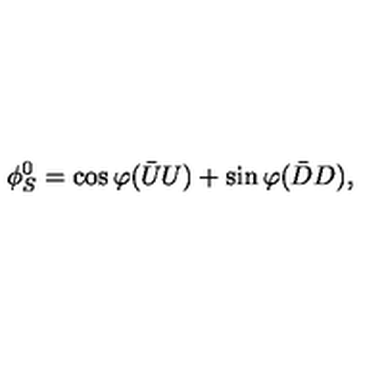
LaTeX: \phi _ { S } ^ { 0 } = \cos \varphi { ( \bar { U } U ) } + \sin \varphi { ( \bar { D } D ) } ,